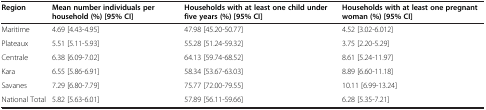
| Region | Mean number individuals per household (%) [95% CI] | Households with at least one child under five years (%) [95% CI] | Households with at least one pregnant woman (%) [95% CI] |
 | --- | --- | --- | --- |
 | Maritime | 4.69 [4.43-4.95] | 47.98 [45.20-50.77] | 4.52 [3.02-6.012] |
 | Plateaux | 5.51 [5.11-5.93] | 55.28 [51.24-59.32] | 3.75 [2.20-5.29] |
 | Centrale | 6.38 [6.09-7.02] | 64.13 [59.74-68.52] | 8.61 [5.24-11.97] |
 | Kara | 6.55 [5.86-6.91] | 58.34 [53.67-63.03] | 8.89 [6.60-11.18] |
 | Savanes | 7.29 [6.80-7.79] | 75.77 [72.00-79.55] | 10.11 [6.99-13.24] |
 | National Total | 5.82 [5.63-6.01] | 57.89 [56.11-59.66] | 6.28 [5.35-7.21] |